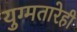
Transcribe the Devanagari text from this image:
युग्मतारेही